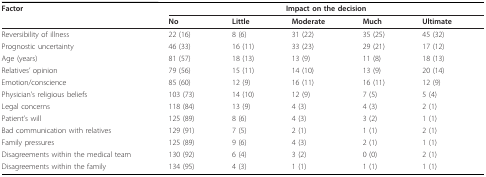
<table><thead><tr><td><b>Factor</b></td><td colspan="5"><b>Impact on the decision</b></td></tr><tr><td></td><td><b>No</b></td><td><b>Little</b></td><td><b>Moderate</b></td><td><b>Much</b></td><td><b>Ultimate</b></td></tr></thead><tbody><tr><td>Reversibility of illness</td><td>22 (16)</td><td>8 (6)</td><td>31 (22)</td><td>35 (25)</td><td>45 (32)</td></tr><tr><td>Prognostic uncertainty</td><td>46 (33)</td><td>16 (11)</td><td>33 (23)</td><td>29 (21)</td><td>17 (12)</td></tr><tr><td>Age (years)</td><td>81 (57)</td><td>18 (13)</td><td>13 (9)</td><td>11 (8)</td><td>18 (13)</td></tr><tr><td>Relatives&#x27; opinion</td><td>79 (56)</td><td>15 (11)</td><td>14 (10)</td><td>13 (9)</td><td>20 (14)</td></tr><tr><td>Emotion/conscience</td><td>85 (60)</td><td>12 (9)</td><td>16 (11)</td><td>16 (11)</td><td>12 (9)</td></tr><tr><td>Physician&#x27;s religious beliefs</td><td>103 (73)</td><td>14 (10)</td><td>12 (9)</td><td>7 (5)</td><td>5 (4)</td></tr><tr><td>Legal concerns</td><td>118 (84)</td><td>13 (9)</td><td>4 (3)</td><td>4 (3)</td><td>2 (1)</td></tr><tr><td>Patient&#x27;s will</td><td>125 (89)</td><td>8 (6)</td><td>4 (3)</td><td>3 (2)</td><td>1 (1)</td></tr><tr><td>Bad communication with relatives</td><td>129 (91)</td><td>7 (5)</td><td>2 (1)</td><td>1 (1)</td><td>2 (1)</td></tr><tr><td>Family pressures</td><td>125 (89)</td><td>9 (6)</td><td>4 (3)</td><td>2 (1)</td><td>1 (1)</td></tr><tr><td>Disagreements within the medical team</td><td>130 (92)</td><td>6 (4)</td><td>3 (2)</td><td>0 (0)</td><td>2 (1)</td></tr><tr><td>Disagreements within the family</td><td>134 (95)</td><td>4 (3)</td><td>1 (1)</td><td>1 (1)</td><td>1 (1)</td></tr></tbody></table>